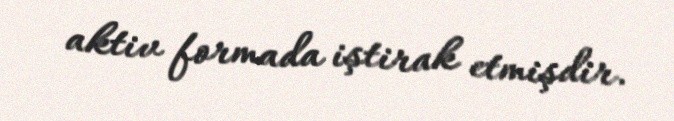
aktiv formada iştirak etmişdir.